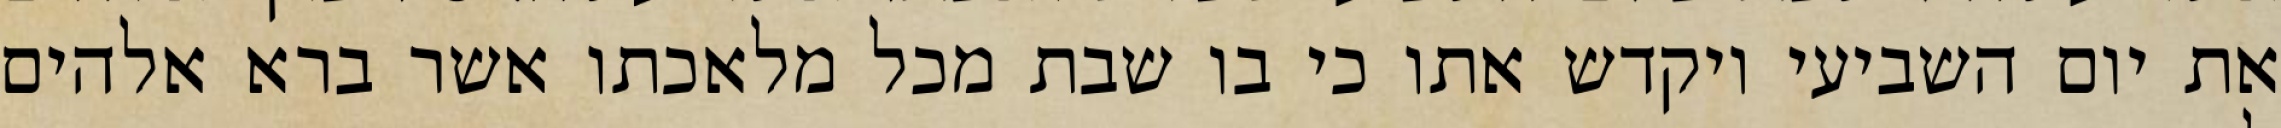
את יום השביעי ויקדש אתו כי בו שבת מכל מלאכתו אשר ברא אלהים